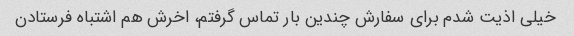
خیلی اذیت شدم برای سفارش چندین بار تماس گرفتم، اخرش هم اشتباه فرستادن